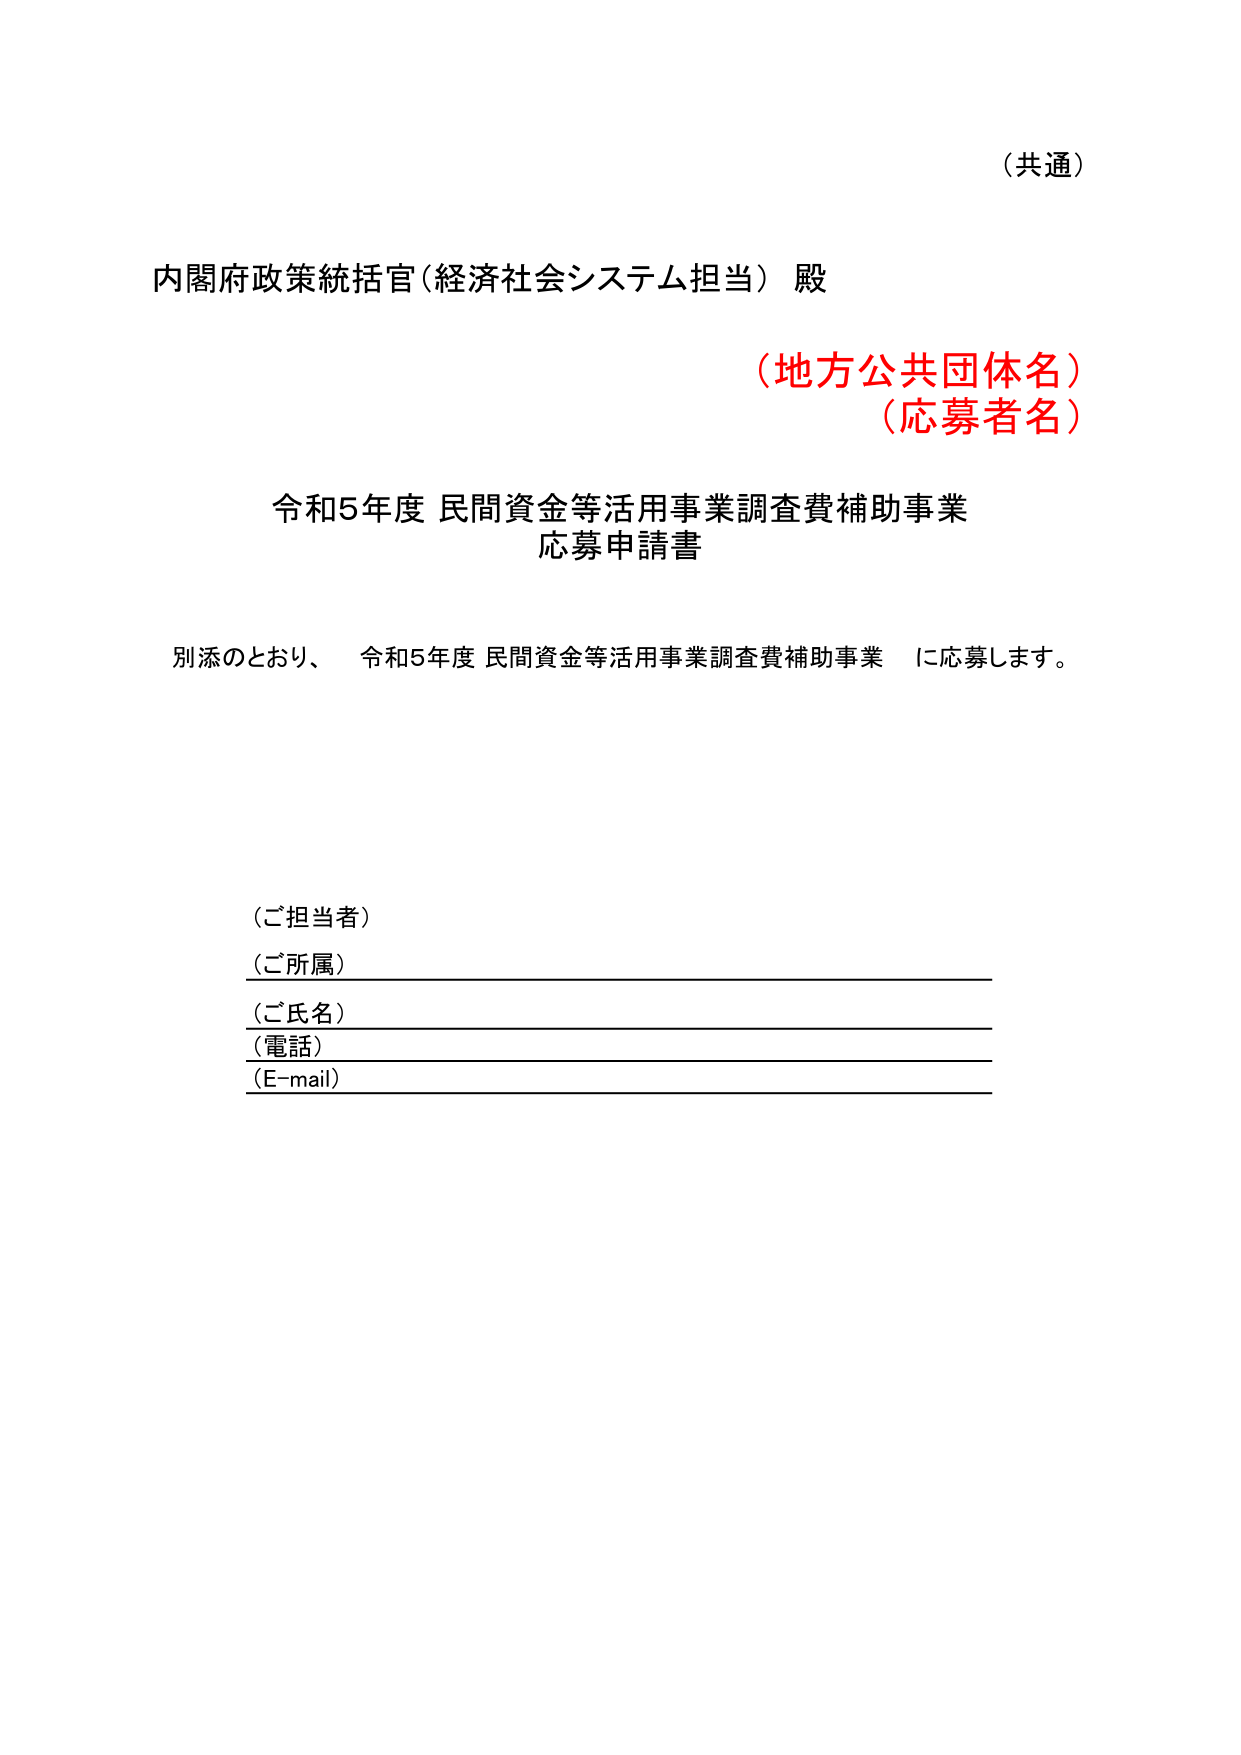
（共通）

内閣府政策統括官（経済社会システム担当） 殿

（地方公共団体名）
（応募者名）

令和5年度 民間資金等活用事業調査費補助事業
応募申請書

別添のとおり、 令和5年度 民間資金等活用事業調査費補助事業 に応募します。

（ご担当者）
（ご所属）
（ご氏名）
（電話）
（E-mail）